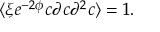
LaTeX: \langle \xi e ^ { - 2 \phi } c \partial c \partial ^ { 2 } c \rangle = 1 .